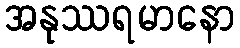
အနုဿရမာနော